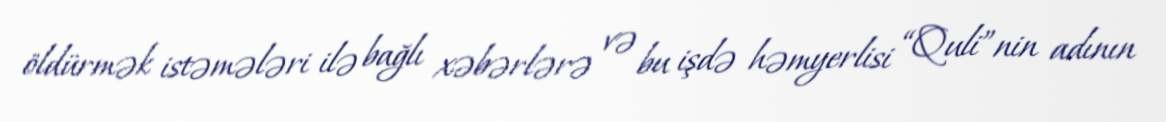
öldürmək istəmələri ilə bağlı xəbərlərə və bu işdə həmyerlisi “Quli”nin adının